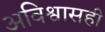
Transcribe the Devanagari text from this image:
अविश्वासही